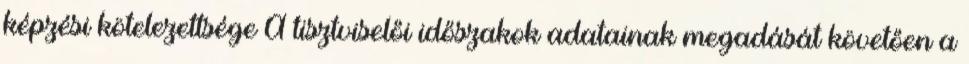
képzési kötelezettsége A tisztviselői időszakok adatainak megadását követően a